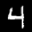
Label: 4